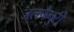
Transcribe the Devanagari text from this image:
जलपैगुरी